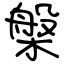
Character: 槃